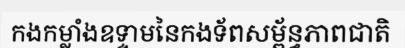
កងកម្លាំងឧទ្ទាមនៃកងទ័ពសម្ព័ន្ធភាពជាតិ